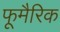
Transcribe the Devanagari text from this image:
फूमैरिक